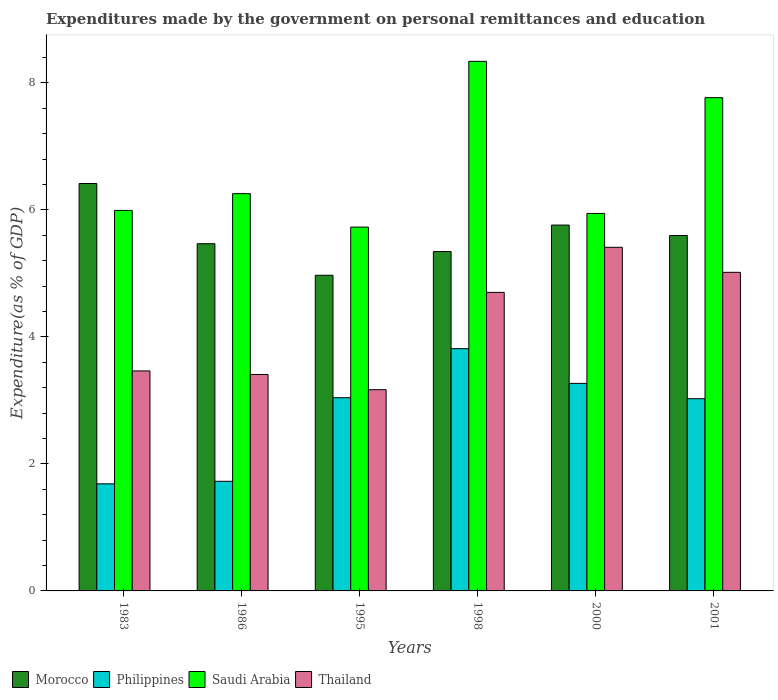
| Years | Morocco | Philippines | Saudi Arabia | Thailand |
 | --- | --- | --- | --- | --- |
 | 1983 | 6.41 | 1.69 | 5.99 | 3.46 |
 | 1986 | 5.47 | 1.73 | 6.26 | 3.41 |
 | 1995 | 4.97 | 3.04 | 5.73 | 3.17 |
 | 1998 | 5.34 | 3.81 | 8.34 | 4.7 |
 | 2000 | 5.76 | 3.27 | 5.94 | 5.41 |
 | 2001 | 5.6 | 3.03 | 7.77 | 5.02 |